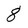
Character: 8